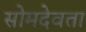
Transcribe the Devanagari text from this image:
सोमदेवता